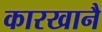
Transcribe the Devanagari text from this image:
कारखानै